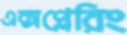
এক্সপ্লেরিং